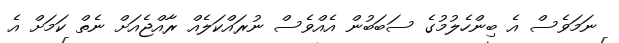
ނަމަވެސް އެ ބިންހެލުމުގެ ސަބަބުން އެއްވެސް ނުރައްކަލެއް ރާއްޖެއަށް ނެތް ކަމަށް އެ